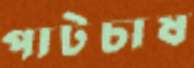
পাটচাষ